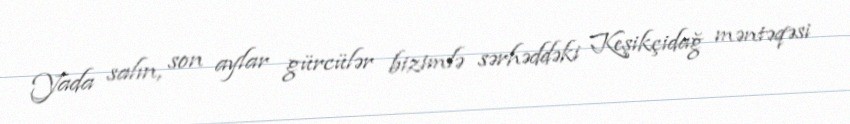
Yada salın, son aylar gürcülər bizimlə sərhəddəki Keşikçidağ məntəqəsi